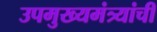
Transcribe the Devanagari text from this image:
उपमुख्यमंत्र्यांची